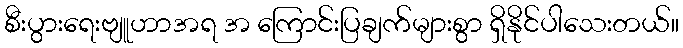
စီးပွားရေးဗျူဟာအရ အ ကြောင်းပြချက်များစွာ ရှိနိုင်ပါသေးတယ်။